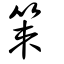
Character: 策